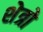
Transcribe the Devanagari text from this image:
शेत्रो